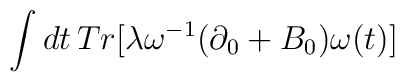
\int dt \,Tr [\lambda \omega^{-1}(\partial_0 +B_0)\omega (t)]